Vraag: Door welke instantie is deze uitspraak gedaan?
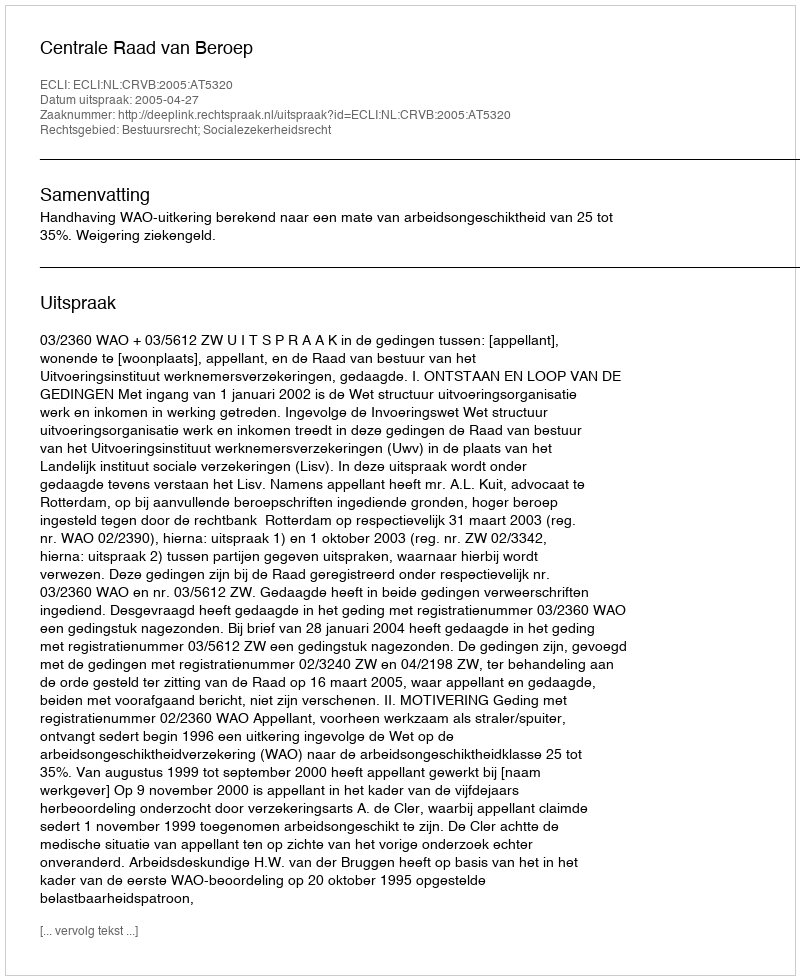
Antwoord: Centrale Raad van Beroep